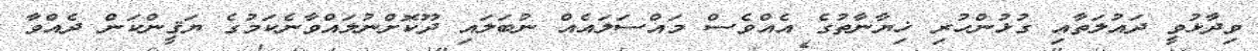
ވިދާޅުވީ ދައުލަތާއި ގުޅުންހުރި ޚިޔާނާތުގެ އެއްވެސް މައްސަލައެއް ނުބަލައި ދޫކޮށްނުލައްވާނެކަމުގެ ޔަޤީންކަން ދެއްވާ